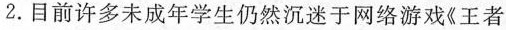
2.目前许多未成年学生仍然沉迷于网络游戏《王者